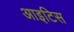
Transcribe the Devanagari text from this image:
आइटिस